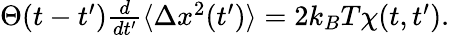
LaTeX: \begin{array}{r}{\Theta(t-t^{\prime})\frac{d}{dt^{\prime}}\langle\Delta x^{2}(t^{\prime})\rangle=2k_{B}T\chi(t,t^{\prime}).}\end{array}